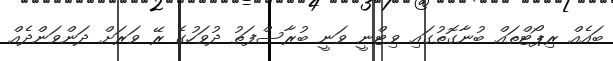
ބައެއް ރިޕޯޓްތައް ބުނާގޮތުގައި ވިޓްނީ ވަނީ ބުރާސްފަތު ދުވަހުގެ ރޭ ވަރަށް ދަންވަންދެއް